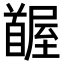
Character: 𩠭